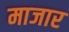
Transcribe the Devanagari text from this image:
माजार